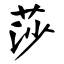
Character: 莎